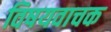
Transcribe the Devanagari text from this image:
विषयवाचक